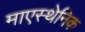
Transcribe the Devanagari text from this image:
माएस्थेनिक